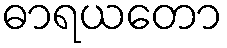
ဓာရယတော